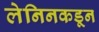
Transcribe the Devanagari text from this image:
लेनिनकडून